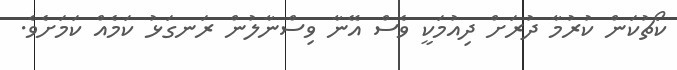
ކޯޗުކަން ކުރުމާ ދުރަށް ދިއުމަކީ ވެސް އޭނާ ވިސްނާލުން ރަނގަޅު ކަމެއް ކަމަށެވެ.